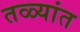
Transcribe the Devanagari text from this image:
तळ्यांत